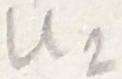
Text: U2